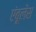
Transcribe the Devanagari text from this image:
एंबूलेंस